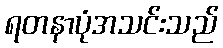
ရတနာပုံအသင်းသည်